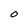
Character: O